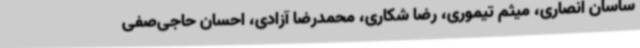
ساسان انصاری، میثم تیموری، رضا شکاری، محمدرضا آزادی، احسان حاجی‌صفی